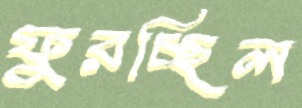
ফুরচ্ছিল